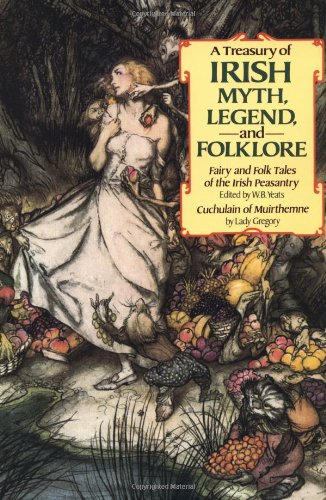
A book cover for A Treasury of Irish Myth, Legend & Folklore (Fairy and Folk Tales of the Irish Peasantry / Cuchulain of Muirthemne); Isabella Augusta Gregory; Literature & Fiction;